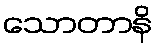
သောတာနိ